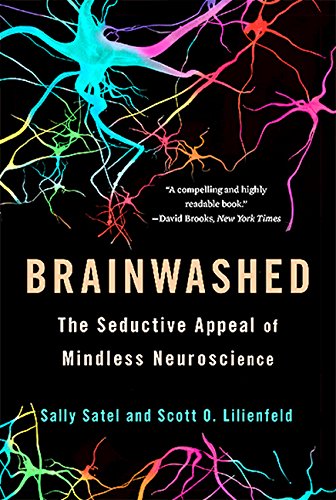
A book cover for Brainwashed: The Seductive Appeal of Mindless Neuroscience; Sally Satel; Medical Books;